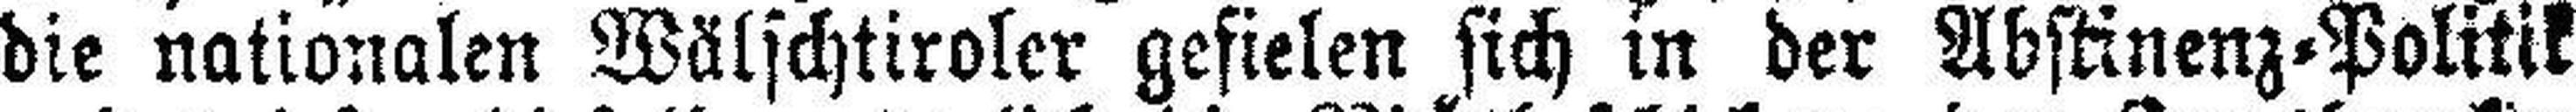
die nationalen Wälschtiroler gefielen sich in der Abstinenz=Politik